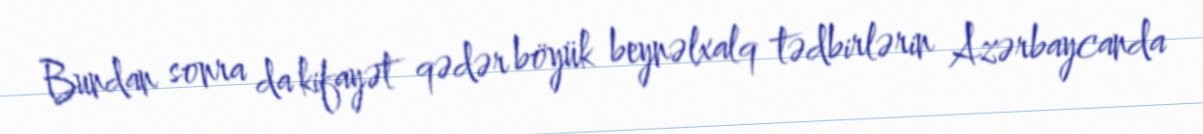
Bundan sonra da kifayət qədər böyük beynəlxalq tədbirlərin Azərbaycanda